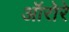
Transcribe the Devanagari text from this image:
ऑरोरे